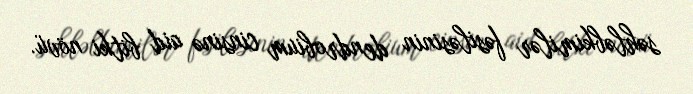
səhləbkimilər fəsiləsinin dendrobium cinsinə aid bitki növü.